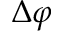
\Delta \varphi